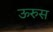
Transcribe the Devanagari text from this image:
ऊरुस